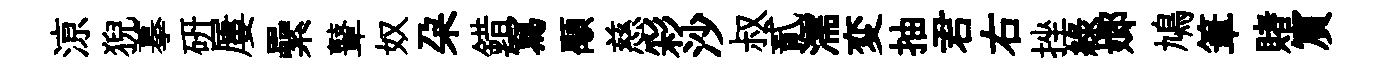
鿌猊摹硏屢纍鼙奴朶錯冩顒慈彩沙叔貳濡変抽君右挫綠嫏鳩筆賭賔